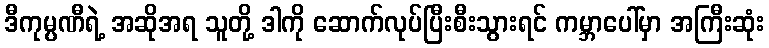
ဒီကုမ္ပဏီရဲ့ အဆိုအရ သူတို့ ဒါကို ဆောက်လုပ်ပြီးစီးသွားရင် ကမ္ဘာပေါ်မှာ အကြီးဆုံး